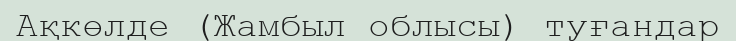
Ақкөлде (Жамбыл облысы) туғандар